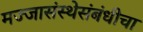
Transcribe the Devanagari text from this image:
मज्जासंस्थेसंबंधीचा